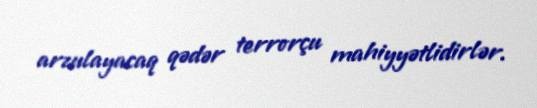
arzulayacaq qədər terrorçu mahiyyətlidirlər.